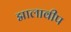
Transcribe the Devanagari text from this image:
द्मालावीप